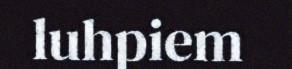
luhpiem